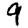
Digit: 9